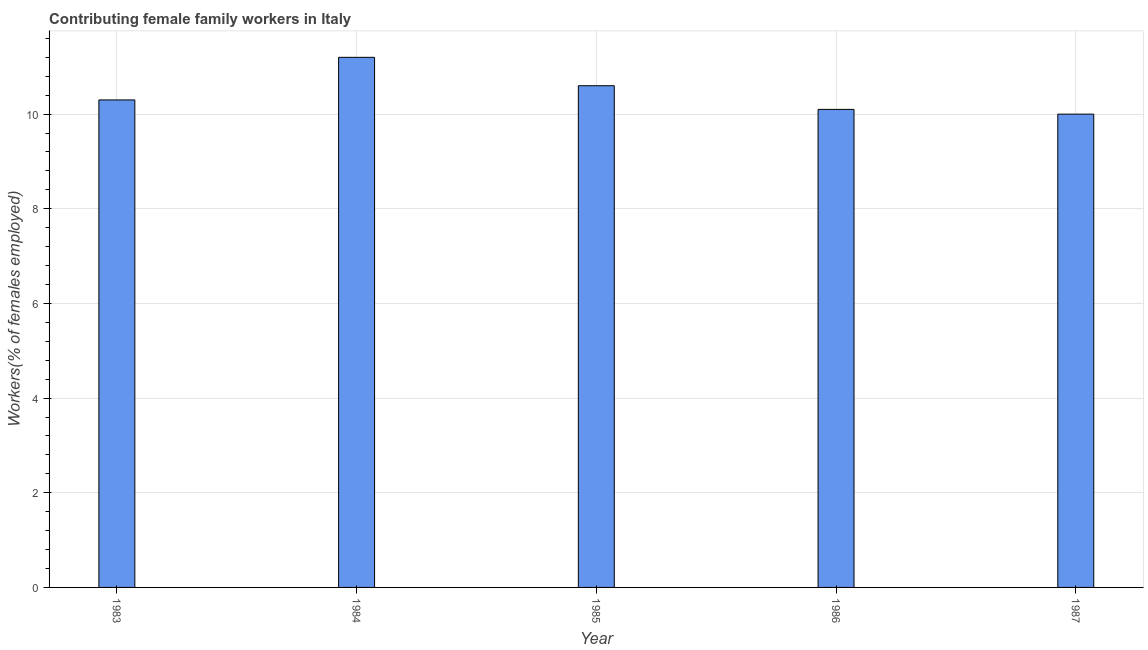
| Year | Contributing family workers |
 | --- | --- |
 | 1983 | 10.3 |
 | 1984 | 11.2 |
 | 1985 | 10.6 |
 | 1986 | 10.1 |
 | 1987 | 10 |